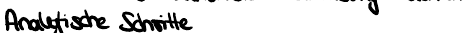
Analytische Schritte